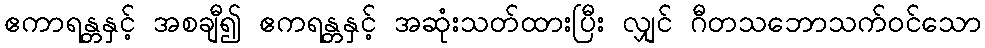
ဧကာရန္တနှင့် အစချီ၍ ဧကရန္တနှင့် အဆုံးသတ်ထားပြီး လျှင် ဂီတသဘောသက်ဝင်သော